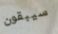
سيبقون